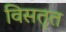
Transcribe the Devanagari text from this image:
विसतृत